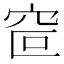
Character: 𰩆